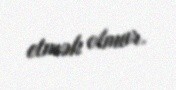
etmək olmur.